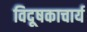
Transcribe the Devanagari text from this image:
विदूषकाचार्य